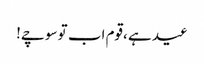
عید ہے ،قوم اب تو سوچے!